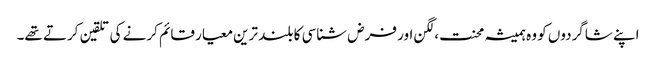
اپنے شاگردوں کو وہ ہمیشہ محنت،لگن اور فرض شناسی کا بلند ترین معیار قائم کرنے کی تلقین کرتے تھے۔